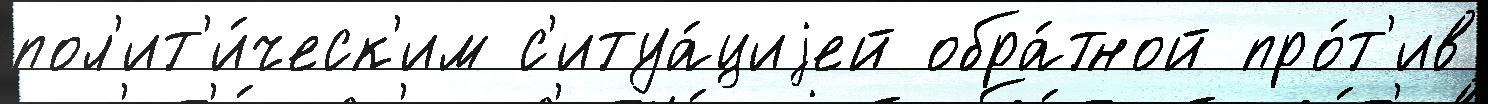
пол'ит'и́ческ'им с'итуа́циjей обра́тной про́т'ив